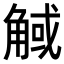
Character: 𧣼